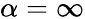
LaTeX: \alpha=\infty